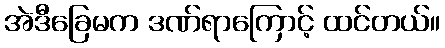
အဲဒီခြေမက ဒဏ်ရာကြောင့် ထင်တယ်။